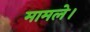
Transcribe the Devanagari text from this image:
मामले।